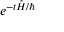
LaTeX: e ^ { - t { \hat { H } } / \hbar }